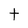
Character: t